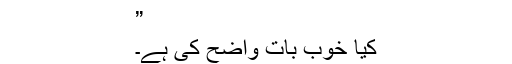
”
کیا خوب بات واضح کی ہے۔